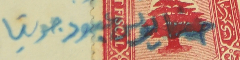
حنا يونس عبود جربتا